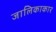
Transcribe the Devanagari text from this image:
जालिकाकार